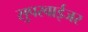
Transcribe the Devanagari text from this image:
सुपरवाईजर